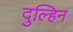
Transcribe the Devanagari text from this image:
दुल्हिन